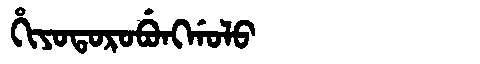
Manchu: ᡥᡳᠶᠣᡨᠣᡵᠣᠪᡠᠩᡤᠣᠯᠣ
Romanization: HIYOTOROBUNGGOLO